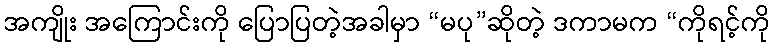
အကျိုး အကြောင်းကို ပြောပြတဲ့အခါမှာ “မပု”ဆိုတဲ့ ဒကာမက “ကိုရင့်ကို